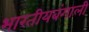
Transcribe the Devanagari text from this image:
भारतीयबंगाली